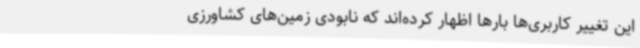
این تغییر کاربری‌ها بارها اظهار کرده‌اند که نابودی زمین‌های کشاورزی